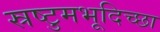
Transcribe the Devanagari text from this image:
स्रष्टुमभूदिच्छा